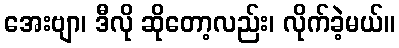
အေးဗျာ၊ ဒီလို ဆိုတော့လည်း၊ လိုက်ခဲ့မယ်။